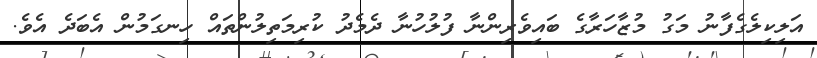
އަލިކިލެގެފާނު މަގު މުޒާހަރާގެ ބައިވެރިންނާ ފުލުހުނާ ދެމެދު ކުރިމަތިލުންތައް ހިނގަމުން އެބަދެ އެވެ.